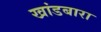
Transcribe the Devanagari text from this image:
खांडबारा